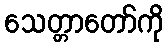
သေတ္တာတော်ကို